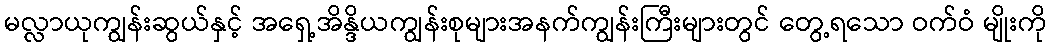
မလ္လာယုကျွန်းဆွယ်နှင့် အရှေ့အိန္ဒိယကျွန်းစုများအနက်ကျွန်းကြီးများတွင် တွေ့ရသော ဝက်ဝံ မျိုးကို